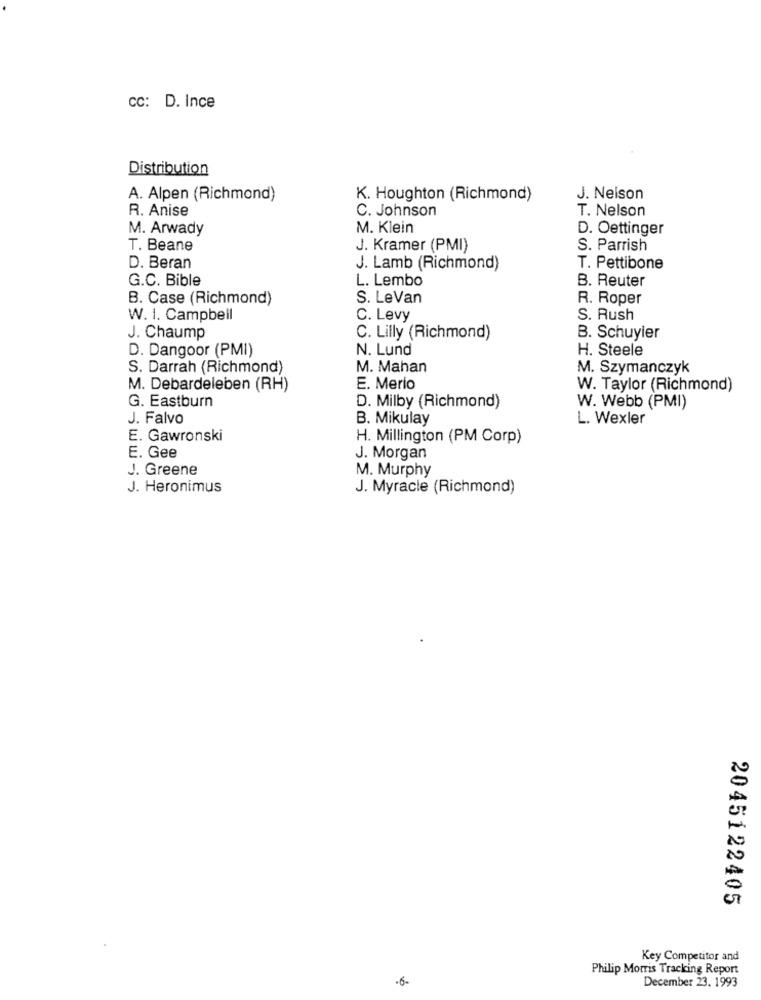
CC: D. Ince
Distribution
A. Alpen (Richmond)
K. Houghton (Richmond)
J. Nelson
R. Anise
C. Johnson
T. Nelson
M. Arwady
M. Klein
D. Oettinger
T. Beane
J. Kramer (PMI)
S. Parrish
D. Beran
J. Lamb (Richmond)
T. Pettibone
G.C. Bible
B. Reuter
L. Lembo
B. Case (Richmond)
S. LeVan
R. Roper
W. 1. Campbell
C. Levy
S. Rush
J. Chaump
C. Lilly (Richmond)
B. Schuyler
D. Dangoor (PMI)
N. Lund
H. Steele
S. Darrah (Richmond)
M. Mahan
M. Szymanczyk
M. Debardeleben (RH)
E. Merio
W. Taylor (Richmond)
G. Eastburn
D. Milby (Richmond)
W. Webb (PMI)
J. Falvo
B. Mikulay
L. Wexler
E. Gawronski
H. Millington (PM Corp)
E. Gee
J. Morgan
J. Greene
M. Murphy
J. Heronimus
J. Myracle (Richmond)
2045122405
Key Competitor and
Philip Morris Tracking Report
-6-
December 23. 1993